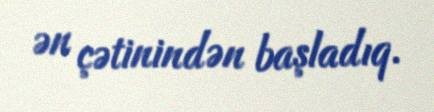
ən çətinindən başladıq.